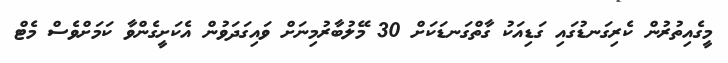
މީގެއިތުރުން ކެރިގަނޑުގައި ގަޑިއަކު ގާތްގަނޑަކަށް 30 މޭލުބާރުމިނަށް ވައިގަދަވުން އެކަށީގެންވާ ކަމަށްވެސް މެޓް